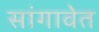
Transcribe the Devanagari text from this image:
सांगावेत